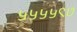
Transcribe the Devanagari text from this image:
५५५५९७